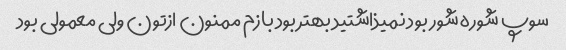
سوپ شوره شور بود نمیذاشتید بهتر بود بازم ممنون ازتون ولی معمولی بود